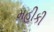
મહીકી